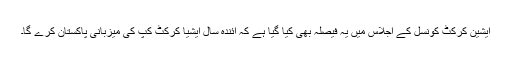
ایشین کرکٹ کونسل کے اجلاس میں یہ فیصلہ بھی کیا گیا ہے کہ آئندہ سال ایشیا کرکٹ کپ کی میزبانی پاکستان کرے گا۔